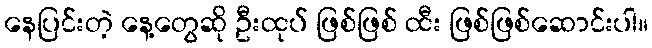
နေပြင်းတဲ့ နေ့တွေဆို ဦးထုပ် ဖြစ်ဖြစ် ထီး ဖြစ်ဖြစ်ဆောင်းပါ။